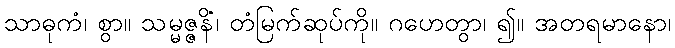
သာဓုကံ၊ စွာ။ သမ္မဇ္ဇနိံ၊ တံမြက်ဆုပ်ကို။ ဂဟေတွာ၊ ၍။ အတရမာနော၊